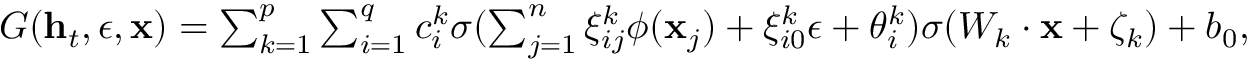
\begin{array} { r } { G ( \mathbf { h } _ { t } , \epsilon , \mathbf { x } ) = \sum _ { k = 1 } ^ { p } \sum _ { i = 1 } ^ { q } c _ { i } ^ { k } \sigma ( \sum _ { j = 1 } ^ { n } \xi _ { i j } ^ { k } \phi ( \mathbf { x } _ { j } ) + \xi _ { i 0 } ^ { k } \epsilon + \theta _ { i } ^ { k } ) \sigma ( W _ { k } \cdot \mathbf { x } + \zeta _ { k } ) + b _ { 0 } , } \end{array}